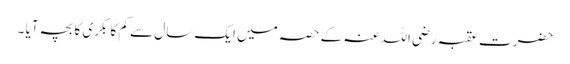
حضرت عقبہ رضی اللہ عنہ کے حصہ میں ایک سال سے کم کا بکری کا بچہ آیا ۔